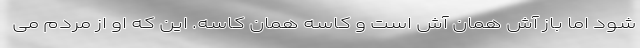
شود اما باز آش همان آش است و کاسه همان کاسه. این که او از مردم می